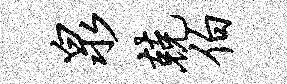
泉兢伯